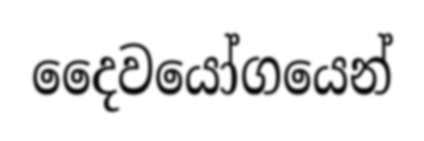
දෛවයෝගයෙන්